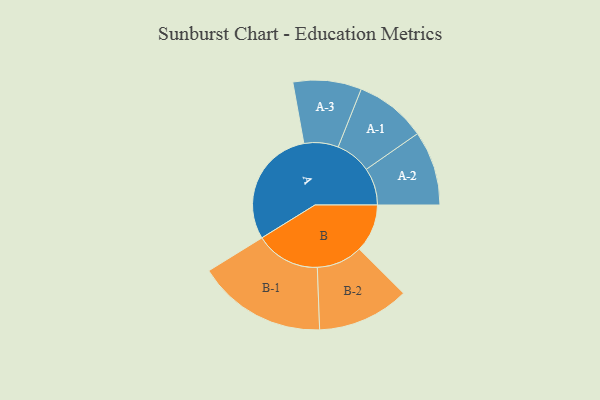
{"axis": {"x": "Segment", "y": "Value"}, "legend": ["", "A", "B"], "data": [{"x": "A", "y": 467, "type": ""}, {"x": "B", "y": 188, "type": ""}, {"x": "A-1", "y": 140, "type": "A"}, {"x": "A-2", "y": 146, "type": "A"}, {"x": "A-3", "y": 134, "type": "A"}, {"x": "B-1", "y": 253, "type": "B"}, {"x": "B-2", "y": 180, "type": "B"}]}